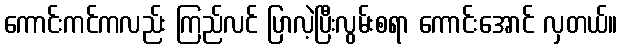
ကောင်းကင်ကလည်း ကြည်လင် ပြာလဲ့ပြီးလွမ်းစရာ ကောင်းအောင် လှတယ်။